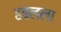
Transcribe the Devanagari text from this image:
हबलला